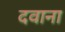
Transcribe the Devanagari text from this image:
दवाना